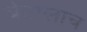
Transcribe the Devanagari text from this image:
बेटालाच